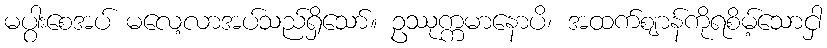
မပွါးစေအပ် မလေ့လာအပ်သည်ရှိသော်။ ဥဿုက္ကမာနောပိ၊ အထက်ဈာန်ကိုရစိမ့်သောငှါ